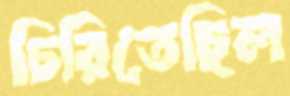
চিরিতেছিল